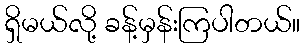
ရှိမယ်လို့ ခန့်မှန်းကြပါတယ်။